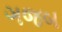
ગજબ